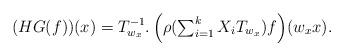
LaTeX: \begin{align*}(HG(f))(x)=T_{w_{x}}^{-1}.\left(\rho({\textstyle \sum_{i=1}^{k}X_{i}}T_{w_{x}})f\right)\!(w_{x}x). \end{align*}